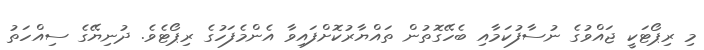
މި ރިޕޯޓަކީ ޖައްވުގެ ނުސާފުކަމާއި ބެހޭގޮތުން ތައްޔާރުކޮށްފައިވާ އެންމެފަހުގެ ރިޕޯޓެވެ. ދުނިޔޭގެ ސިއްހަތު